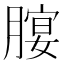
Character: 𦞷